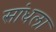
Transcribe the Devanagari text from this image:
सांधला